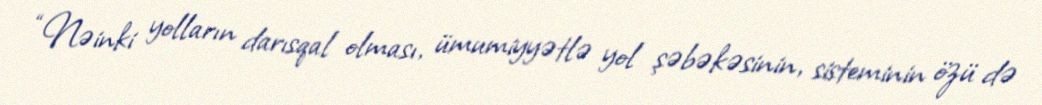
“Nəinki yolların darısqal olması, ümumiyyətlə yol şəbəkəsinin, sisteminin özü də